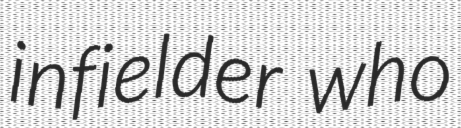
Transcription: infielder who